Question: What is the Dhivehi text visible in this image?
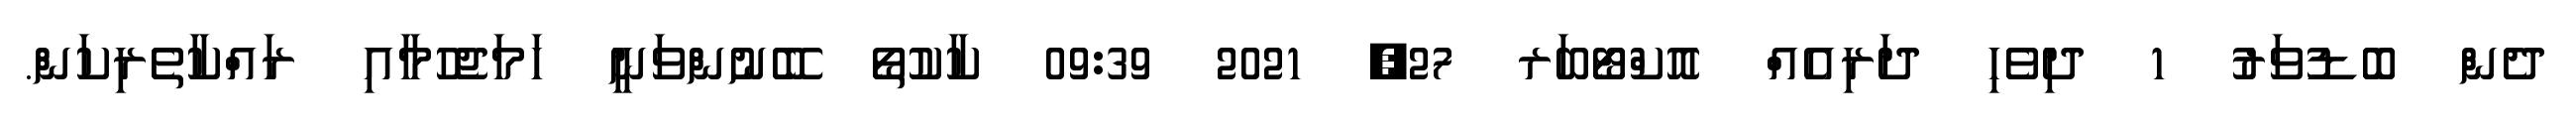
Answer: ދެން ބޮޑުވަރު 1 ދިވެހި ދަރިއެއް އޮކްޓޯބަރ 27, 2021 09:39 ކާކުތޯ ބޭނުންވަނީ ހަމަޖެހުމާއި ރައްކާތެރިކަން.